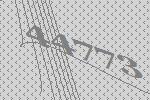
44773